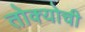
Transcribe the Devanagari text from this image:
तोक्योची